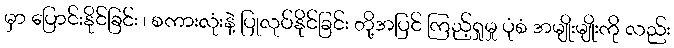
မှာ ပြောင်းနိုင်ခြင်း ၊ စကားလုံးနဲ့ ပြုလုပ်နိုင်ခြင်း တို့အပြင် ကြည့်ရှုမှု ပုံစံ အမျိုးမျိုးကို လည်း